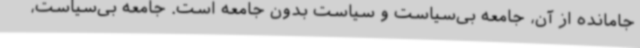
جامانده از آن، جامعه بی‌سیاست و سیاست بدون جامعه است. جامعه بی‌سیاست،